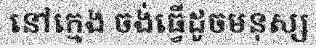
នៅក្មេង ចង់ធ្វើដូចមនុស្ស